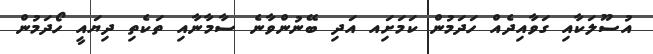
އުސޫލަކާއި ގަވާއިދެއް ހަދަމުން ކަމަށަިއ އަދި ބޭނުންވާނެ ސާމާނާއި ތަކެތި ދިޔައީ ހޯދަމުން